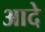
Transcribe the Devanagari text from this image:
आदे